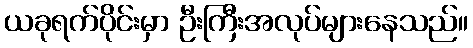
ယခုရက်ပိုင်းမှာ ဦးကြီးအလုပ်များနေသည်။